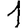
Digit: 1